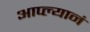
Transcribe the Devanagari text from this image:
आप्ल्यानं